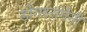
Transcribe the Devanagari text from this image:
डोंगररांगेनी